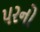
પરનો